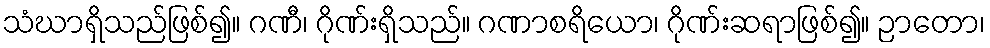
သံဃာရှိသည်ဖြစ်၍။ ဂဏီ၊ ဂိုဏ်းရှိသည်။ ဂဏာစရိယော၊ ဂိုဏ်းဆရာဖြစ်၍။ ဉာတော၊